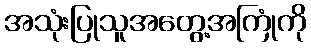
အသုံးပြုသူအတွေ့အကြုံကို